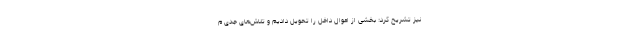
نیز تشریح کرد: بخشی از اموال داخل را تحویل دادیم و تلاش‌های جدی م